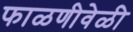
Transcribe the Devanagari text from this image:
फाळणीवेळी